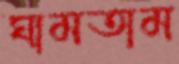
ঘামতাম